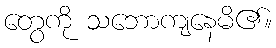
တွေကို သဘောကျနေမိ၏။